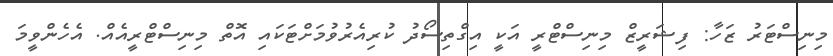
މިނިސްޓަރު ޒަހާ: ފިޝަރީޒް މިނިސްޓްރީ އަކީ އިގްތިސޯދު ކުރިއެރުވުމަށްޓަކައި އޮތް މިނިސްޓްރީއެއް. އެހެންވީމަ